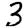
Digit: 3